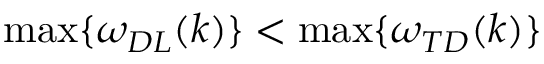
\operatorname* { m a x } \{ \omega _ { D L } ( k ) \} < \operatorname* { m a x } \{ \omega _ { T D } ( k ) \}